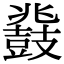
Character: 鼗